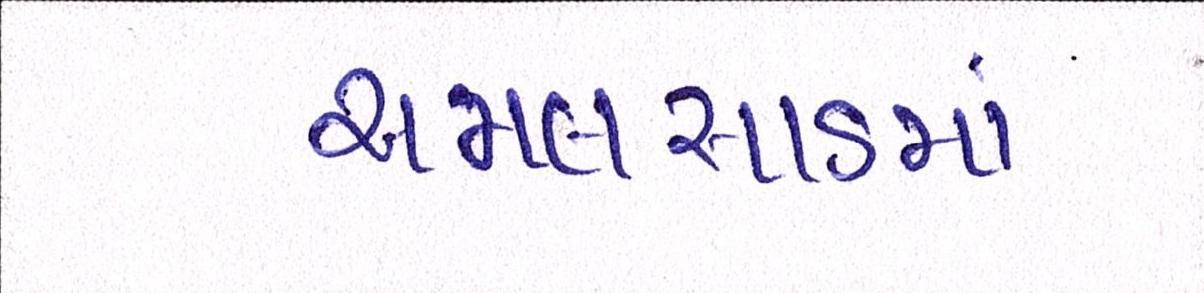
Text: અમલસાડમાં